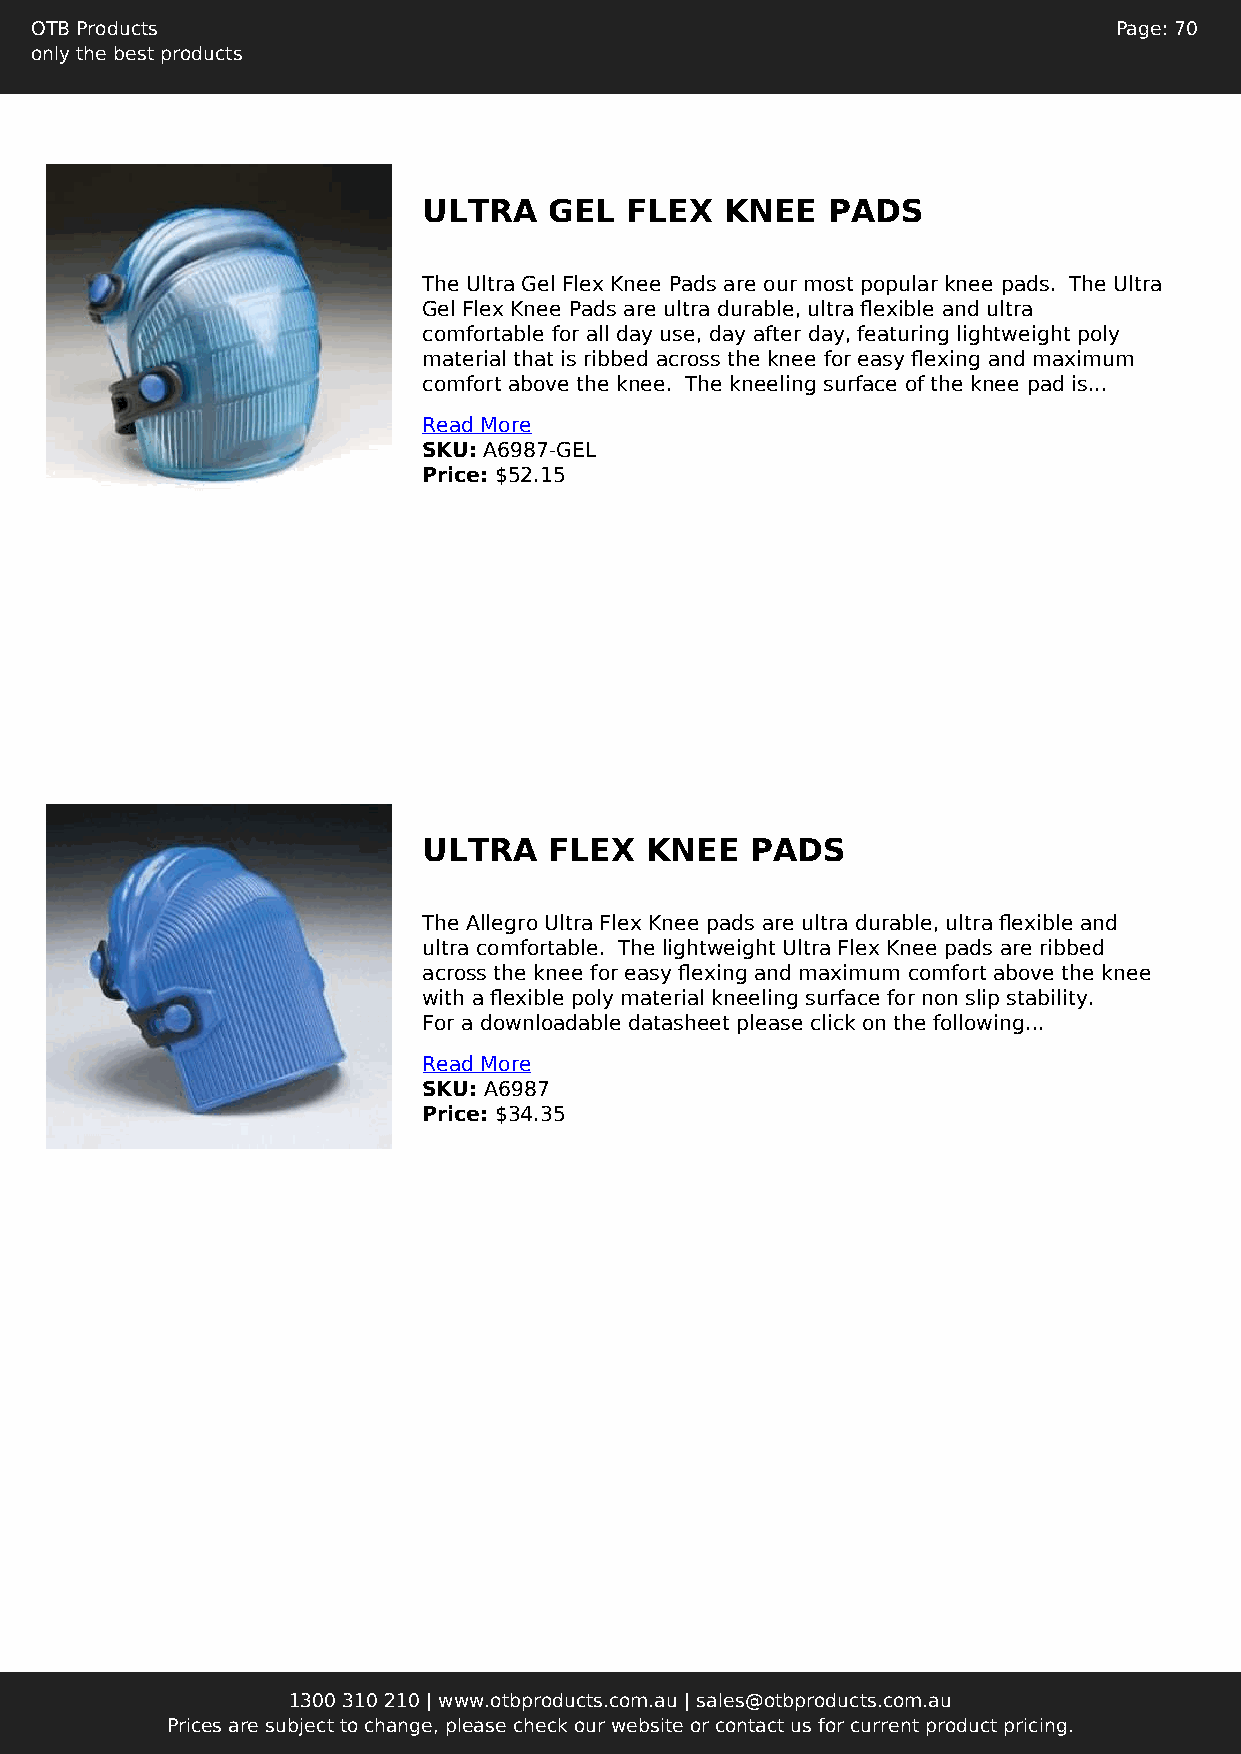
OTB Products                                                            Page: 70
 only the best products
 ULTRA   GEL  FLEX   KNEE   PADS
 The Ultra Gel Flex Knee Pads are our most popular knee pads. The Ultra
 Gel Flex Knee Pads are ultra durable, ultra flexible and ultra
 comfortable for all day use, day after day, featuring lightweight poly
 material that is ribbed across the knee for easy flexing and maximum
 comfort above the knee. The kneeling surface of the knee pad is...
 Read More
 SKU: A6987-GEL
 Price: $52.15
 ULTRA   FLEX   KNEE   PADS
 The Allegro Ultra Flex Knee pads are ultra durable, ultra flexible and
 ultra comfortable. The lightweight Ultra Flex Knee pads are ribbed
 across the knee for easy flexing and maximum comfort above the knee
 with a flexible poly material kneeling surface for non slip stability.
 For a downloadable datasheet please click on the following...
 Read More
 SKU: A6987
 Price: $34.35
 1300 310 210 | www.otbproducts.com.au | sales@otbproducts.com.au
 Prices are subject to change, please check our website or contact us for current product pricing.